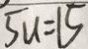
5 u = 1 5